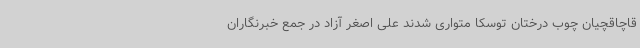
قاچاقچیان چوب درختان توسکا متواری شدند علی اصغر آزاد در جمع خبرنگاران